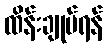
ထိန်းချုပ်ရန်